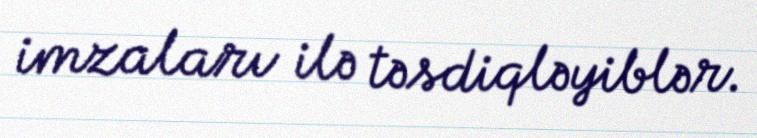
imzaları ilə təsdiqləyiblər.